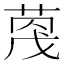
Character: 𫈦